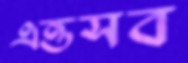
এত্তসব